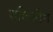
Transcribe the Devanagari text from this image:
शक्तिक्षीण